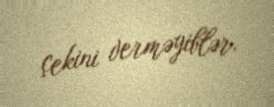
çekini verməyiblər.